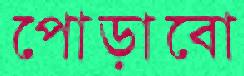
পোড়াবো